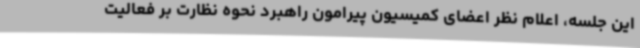
این جلسه، اعلام نظر اعضای کمیسیون پیرامون راهبرد نحوه نظارت بر فعالیت